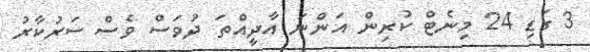
3 ގަޑި 24 މިނެޓް ކުރިން އަންނަ އާދީއްތަ ދުވަސް ވެސް ސަރުކާރު